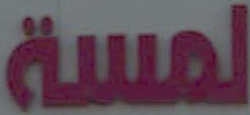
لمسة